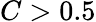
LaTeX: C>0.5